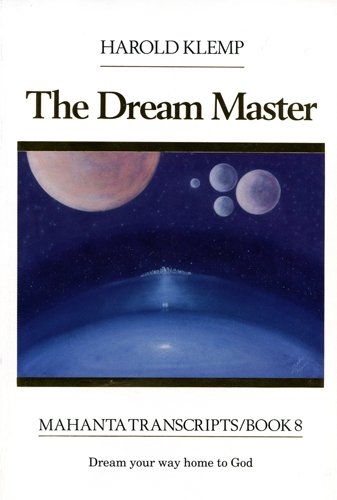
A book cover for The Dream Master (Mahanta Transcript Series, Book 8); Harold Klemp; Religion & Spirituality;